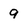
Character: 9